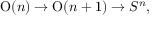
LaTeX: \operatorname { O } ( n ) \to \operatorname { O } ( n + 1 ) \to S ^ { n } ,